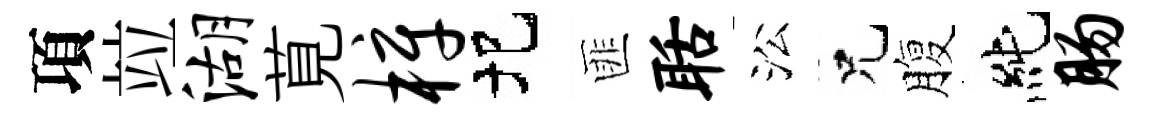
項竝湖莧梓圯匪聒㳂兄腹純肠